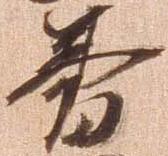
籌